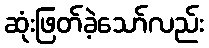
ဆုံးဖြတ်ခဲ့သော်လည်း